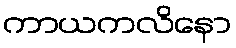
ကာယကလိနော